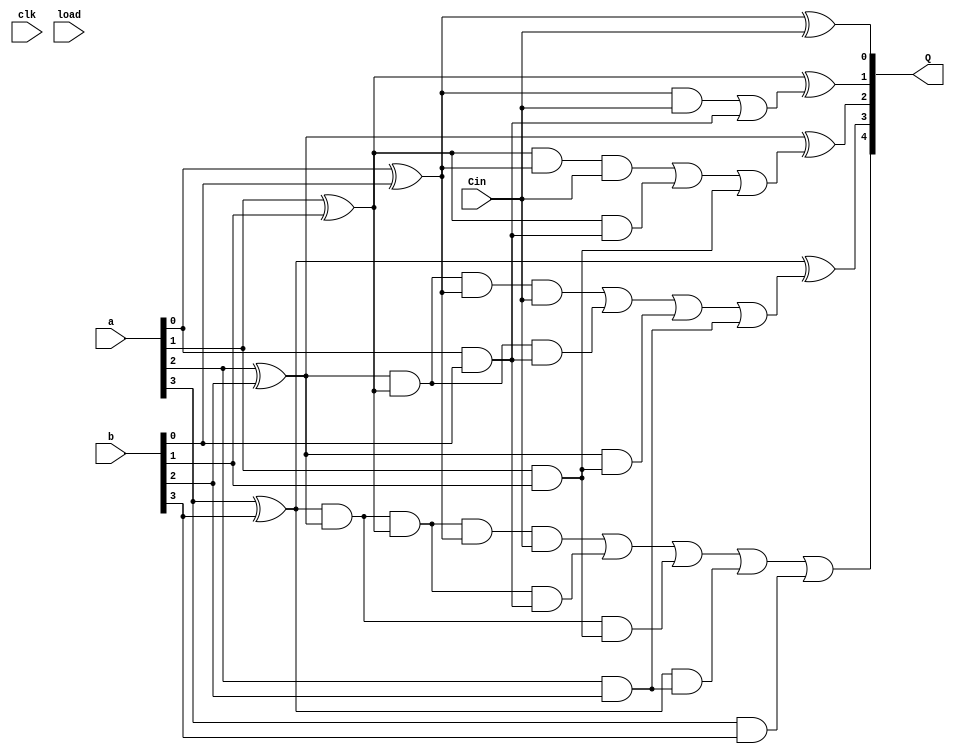
`timescale 1ns / 1ps
//////////////////////////////////////////////////////////////////////////////////
// Company: 
// Engineer: 
// 
// Design Name: 
// Module Name: datapath_cla
// Project Name: 
// Target Devices: 
// Tool Versions: 
// Description: 
// 
// Dependencies: 
// 
// Revision:
// Revision 0.01 - File Created
// Additional Comments:
// 
//////////////////////////////////////////////////////////////////////////////////


module datapath_cla(
    input clk,load,
    input [3:0] a, b,
    input Cin,
    output [4:0] Q
    );
    
    wire [3:0] G, P, S;
    wire [4:0] C;
    
    
    // P = a ^ b
    // G = a&b
    // S = P ^ C
    // C = G + (P & G)
    
    assign P[0] = a[0] ^ b[0];
    assign P[1] = a[1] ^ b[1];
    assign P[2] = a[2] ^ b[2];
    assign P[3] = a[3] ^ b[3];
    
    assign G[0] = a[0] & b[0];
    assign G[1] = a[1] & b[1];
    assign G[2] = a[2] & b[2];
    assign G[3] = a[3] & b[3];
    
    assign C[0] = Cin;
    assign C[1] = (P[0]&C[0]) | G[0];
    assign C[2] = (P[1]&P[0]&C[0]) | (P[1]&G[0]) | G[1];
    assign C[3] = (P[2]&P[1]&P[0]&C[0]) | (P[2]&P[1]&G[0]) | (P[2]&G[1]) | G[2];
    assign C[4] = (P[3]&P[2]&P[1]&P[0]&C[0]) | (P[3]&P[2]&P[1]&G[0]) | (P[3]&P[2]&G[1]) | (P[3]&G[2]) | G[3];
    
    assign S[0] = P[0] ^ C[0];
    assign S[1] = P[1] ^ C[1];
    assign S[2] = P[2] ^ C[2];
    assign S[3] = P[3] ^ C[3];
    
    assign Q[4] = C[4];
    assign Q[3:0] = S;
     

endmodule